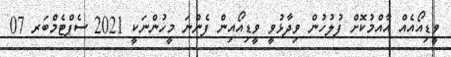
ވީޑިއޯއެއް އާއްމުކޮށް ފުލުހުން ވިދާޅުވީ ވީޑިއޯއިން ފެންނަ މީހުންނަކީ 2021 ސެޕްޓެމްބަރ 07